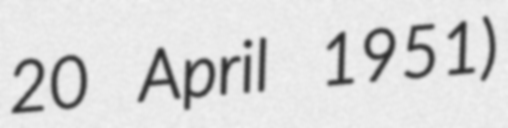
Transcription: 20 April 1951)